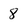
Character: 8